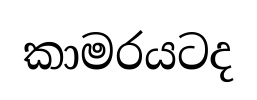
කාමරයටද